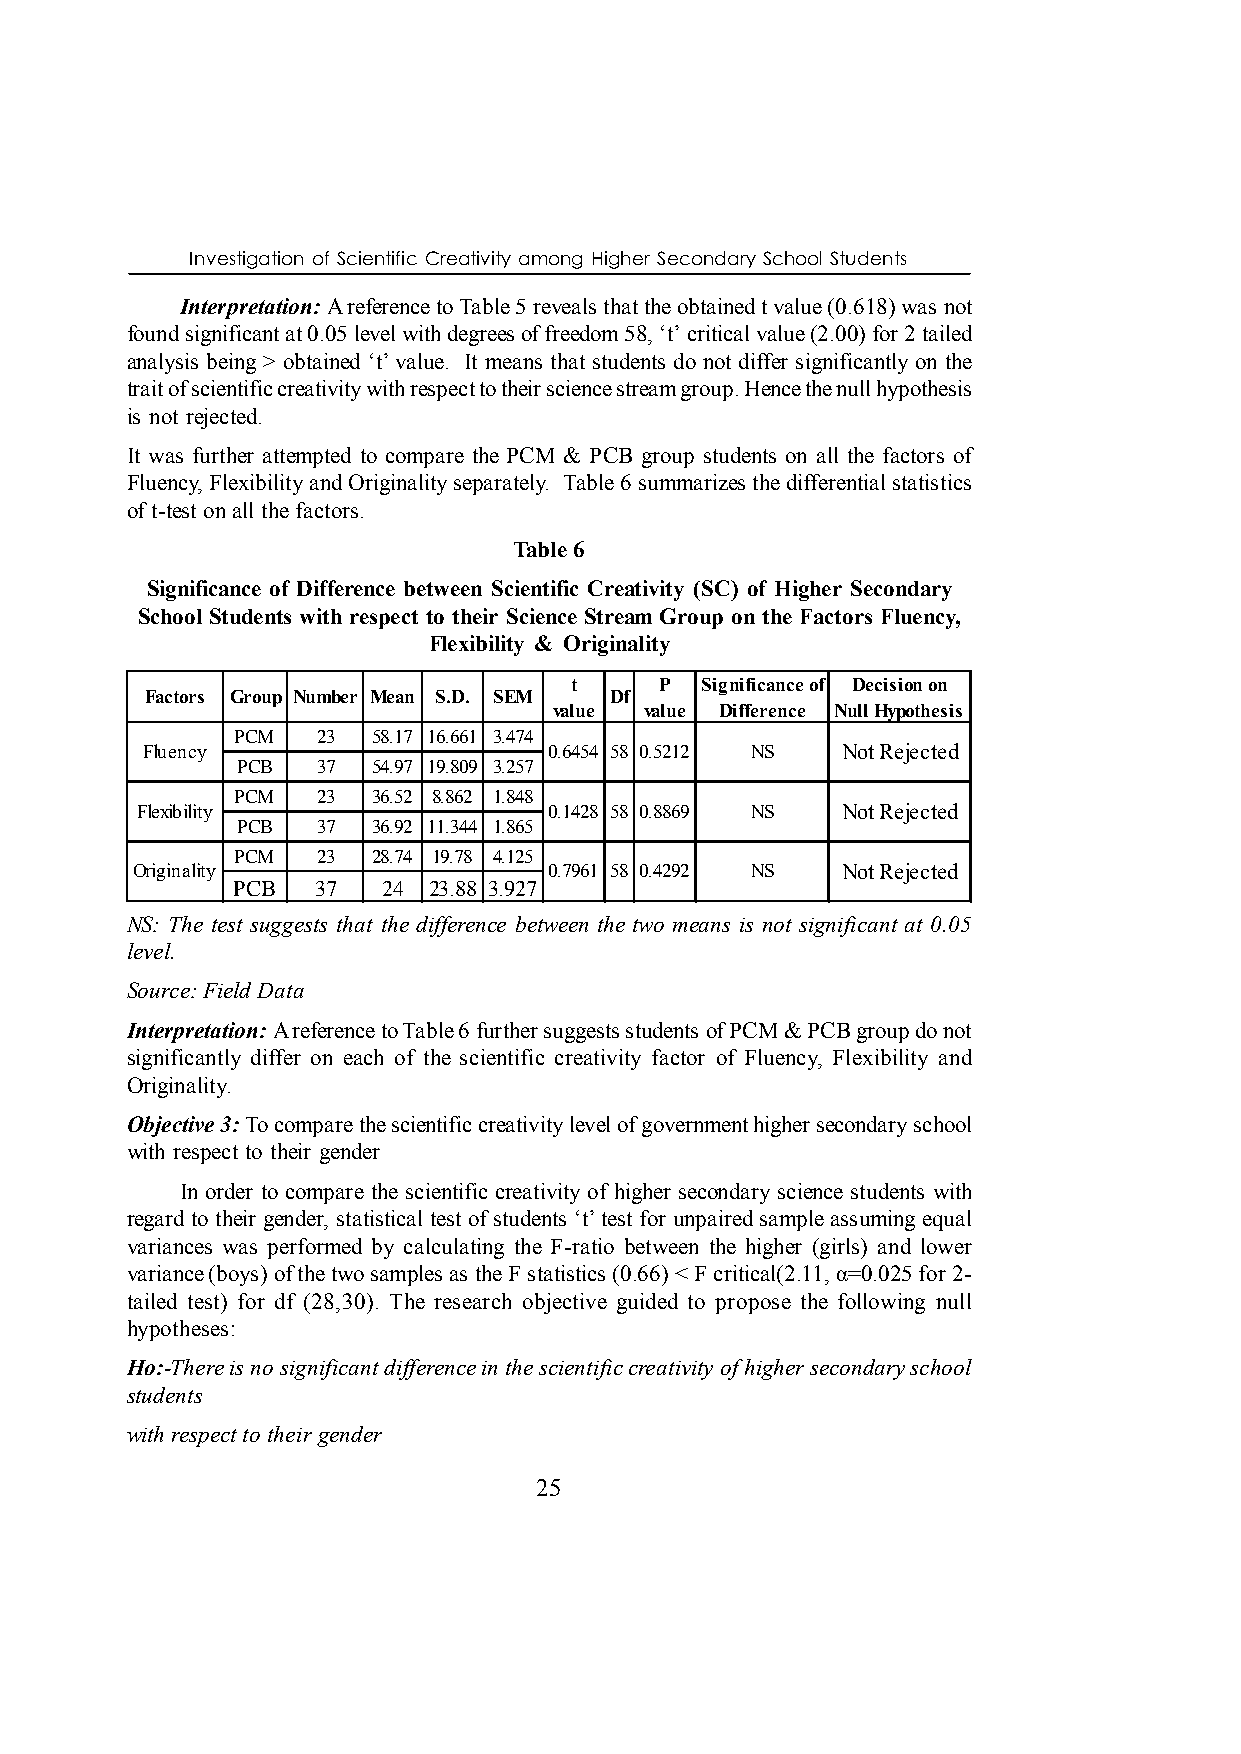
Investigation of Scientific Creativity among Higher Secondary School Students
 Interpretation: A reference to Table 5 reveals that the obtained t value (0.618) was not
 found significant at 0.05 level with degrees of freedom 58, ‘t’ critical value (2.00) for 2 tailed
 analysis being > obtained ‘t’ value. It means that students do not differ significantly on the
 trait of scientific creativity with respect to their science stream group. Hence the null hypothesis
 is not rejected.
 It was further attempted to compare the PCM & PCB group students on all the factors of
 Fluency, Flexibility and Originality separately. Table 6 summarizes the differential statistics
 of t-test on all the factors.
 Table 6
 Significance of Difference between Scientific Creativity (SC) of Higher Secondary
 School Students with respect to their Science Stream Group on the Factors Fluency,
 Flexibility & Originality
 t     P Significance of Decision on
 Factors Group Number Mean S.D. SEM Df
 value value Difference Null Hypothesis
 PCM   23  58.17 16.661 3.474
 Fluency                    0.6454 58 0.5212 NS Not Rejected
 PCB  37  54.97 19.809 3.257
 PCM   23  36.52 8.862 1.848
 Flexibility                0.1428 58 0.8869 NS Not Rejected
 PCB  37  36.92 11.344 1.865
 PCM   23  28.74 19.78 4.125
 Originality                0.7961 58 0.4292 NS Not Rejected
 PCB   37  24 23.88 3.927
 NS: The test suggests that the difference between the two means is not significant at 0.05
 level.
 Source: Field Data
 Interpretation: A reference to Table 6 further suggests students of PCM & PCB group do not
 significantly differ on each of the scientific creativity factor of Fluency, Flexibility and
 Originality.
 Objective 3: To compare the scientific creativity level of government higher secondary school
 with respect to their gender
 In order to compare the scientific creativity of higher secondary science students with
 regard to their gender, statistical test of students ‘t’ test for unpaired sample assuming equal
 variances was performed by calculating the F-ratio between the higher (girls) and lower
 variance (boys) of the two samples as the F statistics (0.66) < F critical(2.11, α=0.025 for 2-
 tailed test) for df (28,30). The research objective guided to propose the following null
 hypotheses:
 Ho:-There is no significant difference in the scientific creativity of higher secondary school
 students
 with respect to their gender
 25